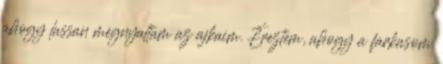
ahogy lassan megnyaltam az ajkaim. Éreztem, ahogy a farkasom